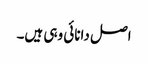
اصل دانائی وہی ہیں۔